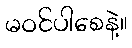
မဝင်ပါစေနဲ့။